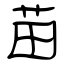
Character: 苗